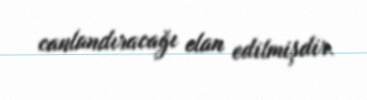
canlandıracağı elan edilmişdir.